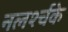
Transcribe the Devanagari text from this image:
नलर्श्चके